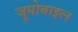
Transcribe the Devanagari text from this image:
जूमोबाइल